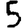
Digit: 5